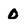
Character: 0